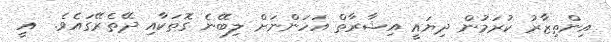
އިންތިޒާރު ކުރަމުން ދިޔައީ އިޝާރާތް އަހަންނަށް ލިބޭނެ ގޮތަކާއި ދޭތެރޭގައެވެ.  އީ